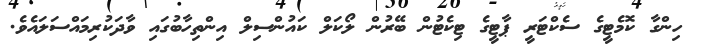
ހިންގާ ކޮމެޓީގެ ސެކްޓަރީ ޕާޓީގެ ޓިކެޓުން ބޭރުން ލޯކަލް ކައުންސިލް އިންތިހާބުގައި ވާދަކުރިމައްސަލައެވެ.